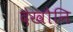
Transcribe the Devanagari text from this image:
देखौनि